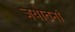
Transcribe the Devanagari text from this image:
जयोतनां